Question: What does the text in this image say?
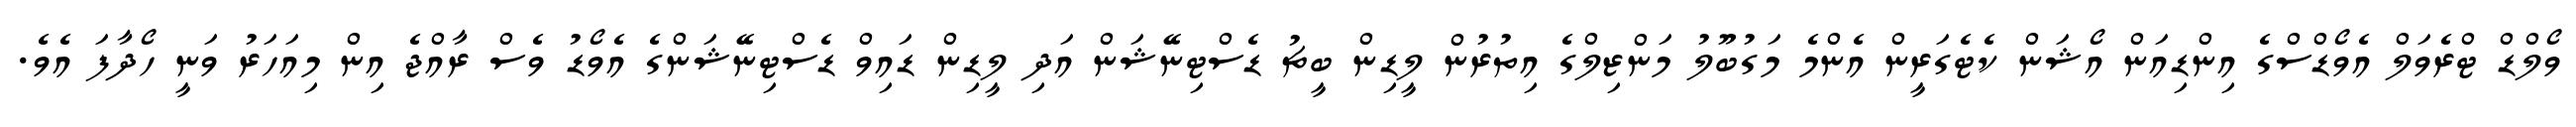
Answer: ވޯލްޑް ޓްރެވަލް އެވޯޑްސްގެ އިންޑިއަން އޯޝަން ކެޓެގަރީން އެންމެ މަގުބޫލު މަންޒިލްގެ އިތުރުން ލީޑިން ބީޗު ޑެސްޓިނޭޝަން އަދި ލީޑިން ޑައިވް ޑެސްޓިނޭޝަންގެ އެވޯޑު ވެސް ރާއްޖެ އިން މިއަހަރު ވަނީ ހޯދާފަ އެވެ.